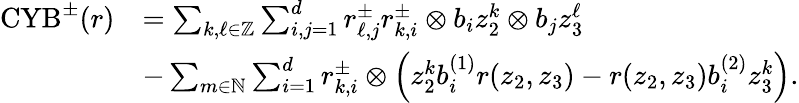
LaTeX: \begin{array}{rl}{\textnormal{CYB}^{\pm}(r)}&{=\sum_{k,\ell\in\mathbb{Z}}\sum_{i,j=1}^{d}r_{\ell,j}^{\pm}r_{k,i}^{\pm}\otimes b_{i}z_{2}^{k}\otimes b_{j}z_{3}^{\ell}}\\ &{-\sum_{m\in\mathbb{N}}\sum_{i=1}^{d}r_{k,i}^{\pm}\otimes\left(z_{2}^{k}b_{i}^{(1)}r(z_{2},z_{3})-r(z_{2},z_{3})b_{i}^{(2)}z_{3}^{k}\right).}\end{array}